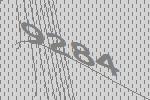
9284